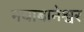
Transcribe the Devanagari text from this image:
नयाबानेश्वर